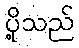
ပို့သည်